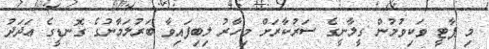
މި ޕާޓީ ވަކިވުމުން ގީލާނީގެ ސަރުކާރަށް މިހާރު ލިބިފައިވާ ބަރުލަމާނުގެ ގޮނޑީގެ ޢަދަދު